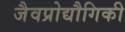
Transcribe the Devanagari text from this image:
जैवप्रोद्यौगिकी